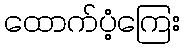
ထောက်ပံ့ကြေး